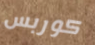
كوربس